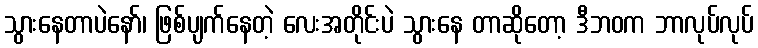
သွားနေတာပဲနော်၊ ဖြစ်ပျက်နေတဲ့ လေးအတိုင်းပဲ သွားနေ တာဆိုတော့ ဒီဘဝက ဘာလုပ်လုပ်